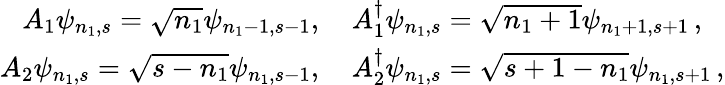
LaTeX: \begin{array}{rl}{A_{1}\psi_{n_{1},s}=\sqrt{n_{1}}\psi_{n_{1}-1,s-1},\thinspace}&{{}A_{1}^{\dagger}\psi_{n_{1},s}=\sqrt{n_{1}+1}\psi_{n_{1}+1,s+1}\thinspace,}\\ {A_{2}\psi_{n_{1},s}=\sqrt{s-n_{1}}\psi_{n_{1},s-1},\thinspace}&{{}A_{2}^{\dagger}\psi_{n_{1},s}=\sqrt{s+1-n_{1}}\psi_{n_{1},s+1}\thinspace,}\end{array}